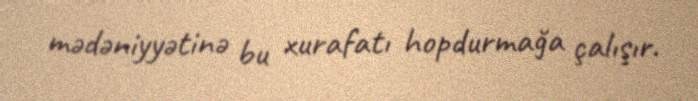
mədəniyyətinə bu xurafatı hopdurmağa çalışır.